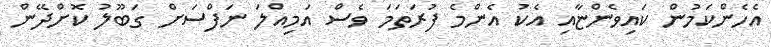
އެހެންކަމުން ކައިވެންޏާއި އެކު އެންމެ ފުރަތަމަ ވެސް އަމިއްލަ ނަފްސަށް ގަބޫލު ކޮށްދޭން